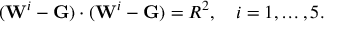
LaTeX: ( \mathbf { W } ^ { i } - \mathbf { G } ) \cdot ( \mathbf { W } ^ { i } - \mathbf { G } ) = R ^ { 2 } , \quad i = 1 , \ldots , 5 .